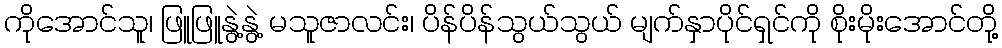
ကိုအောင်သူ၊ ဖြူဖြူနွဲ့နွဲ့ မသူဇာလင်း၊ ပိန်ပိန်သွယ်သွယ် မျက်နှာပိုင်ရှင်ကို စိုးမိုးအောင်တို့